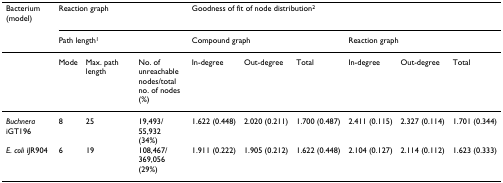
<table><thead><tr><td><b>Bacterium (model)</b></td><td colspan="3"><b>Reaction graph</b></td><td colspan="6"><b>Goodness of fit of node distribution<sup>2</sup></b></td></tr><tr><td></td><td colspan="3"><b>Path length<sup>1</sup></b></td><td colspan="3"><b>Compound graph</b></td><td colspan="3"><b>Reaction graph</b></td></tr></thead><tbody><tr><td></td><td>Mode</td><td>Max. path length</td><td>No. of unreachable nodes/total no. of nodes (%)</td><td>In-degree</td><td>Out-degree</td><td>Total</td><td>In-degree</td><td>Out-degree</td><td>Total</td></tr><tr><td><i>Buchnera </i>iGT196</td><td>8</td><td>25</td><td>19,493/55,932(34%)</td><td>1.622 (0.448)</td><td>2.020 (0.211)</td><td>1.700 (0.487)</td><td>2.411 (0.115)</td><td>2.327 (0.114)</td><td>1.701 (0.344)</td></tr><tr><td><i>E. coli </i>iJR904</td><td>6</td><td>19</td><td>108,467/369,056(29%)</td><td>1.911 (0.222)</td><td>1.905 (0.212)</td><td>1.622 (0.448)</td><td>2.104 (0.127)</td><td>2.114 (0.112)</td><td>1.623 (0.333)</td></tr></tbody></table>